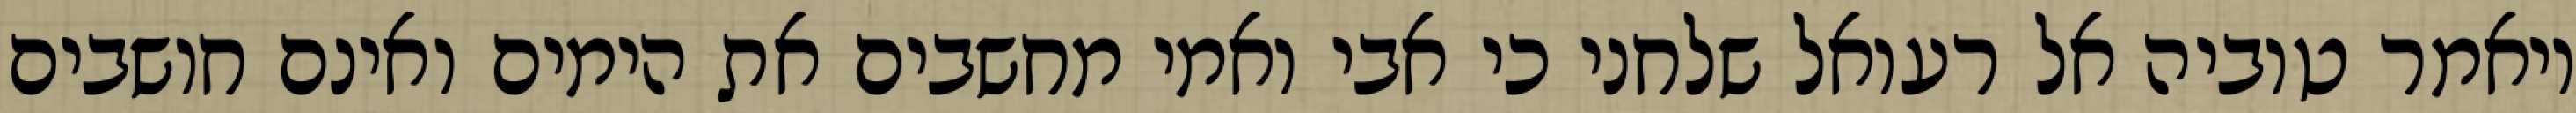
ויאמר טוביה אל רעואל שלחני כי אבי ואמי מחשבים את הימים ואינם חושבים